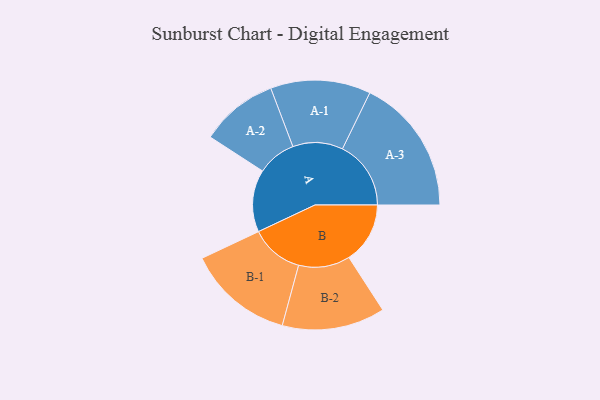
{"axis": {"x": "Segment", "y": "Value"}, "legend": ["", "A", "B"], "data": [{"x": "A", "y": 271, "type": ""}, {"x": "B", "y": 266, "type": ""}, {"x": "A-1", "y": 218, "type": "A"}, {"x": "A-2", "y": 169, "type": "A"}, {"x": "A-3", "y": 298, "type": "A"}, {"x": "B-1", "y": 231, "type": "B"}, {"x": "B-2", "y": 224, "type": "B"}]}